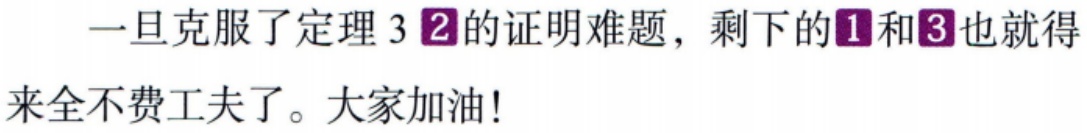
一旦克服了定理 3 \textcircled{2}的证明难题，剩下的\textcircled{1}和\textcircled{3}也就得来全不费工夫了。大家加油！